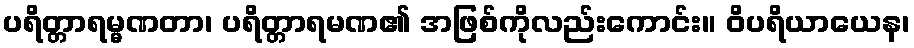
ပရိတ္တာရမ္မဏတာ၊ ပရိတ္တာရမဏ၏ အဖြစ်ကိုလည်းကောင်း။ ဝိပရိယာယေန၊